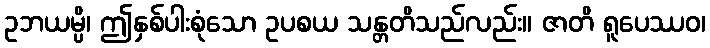
ဥဘယမ္ပိ၊ ဤနှစ်ပါးစုံသော ဥပစယ သန္တတိသည်လည်း။ ဇာတိ ရူပေဿဝ၊